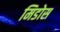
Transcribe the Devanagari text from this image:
मिडोस